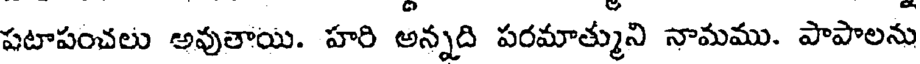
పటాపంచలు అవుతాయి. హరి అన్నది పరమాత్ముని నామము. పాపాలను